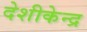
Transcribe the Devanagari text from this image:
देशीकेन्द्र